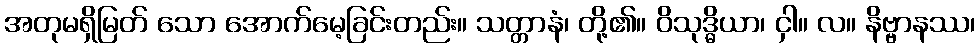
အတုမရှိမြတ် သော အောက်မေ့ခြင်းတည်း။ သတ္တာနံ၊ တို့၏။ ဝိသုဒ္ဓိယာ၊ ငှါ။ လ။ နိဗ္ဗာနဿ၊